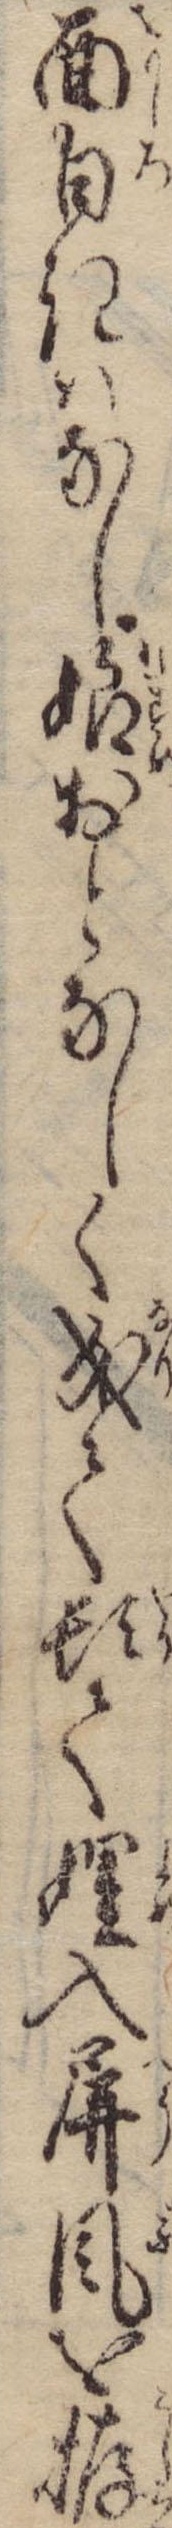
面白きはなし娘おとなしく成て頓て娌入屏風を拵